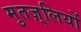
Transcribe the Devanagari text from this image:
मुतज़्लियों